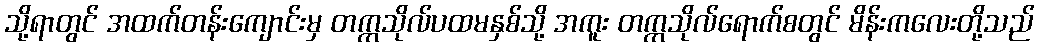
သို့ရာတွင် အထက်တန်းကျောင်းမှ တက္ကသိုလ်ပထမနှစ်သို့ အကူး တက္ကသိုလ်ရောက်စတွင် မိန်းကလေးတို့သည်